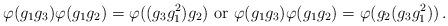
LaTeX: \begin{align*} \varphi (g_1 g_3) \varphi (g_1 g_2) = \varphi ((g_3 g^{2}_1) g_2) \mbox{ or } \varphi (g_1 g_3) \varphi (g_1 g_2) = \varphi (g_2 (g_3 g^{2}_1)) \,.\end{align*}